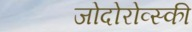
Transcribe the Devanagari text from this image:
जोदोरोव्स्की